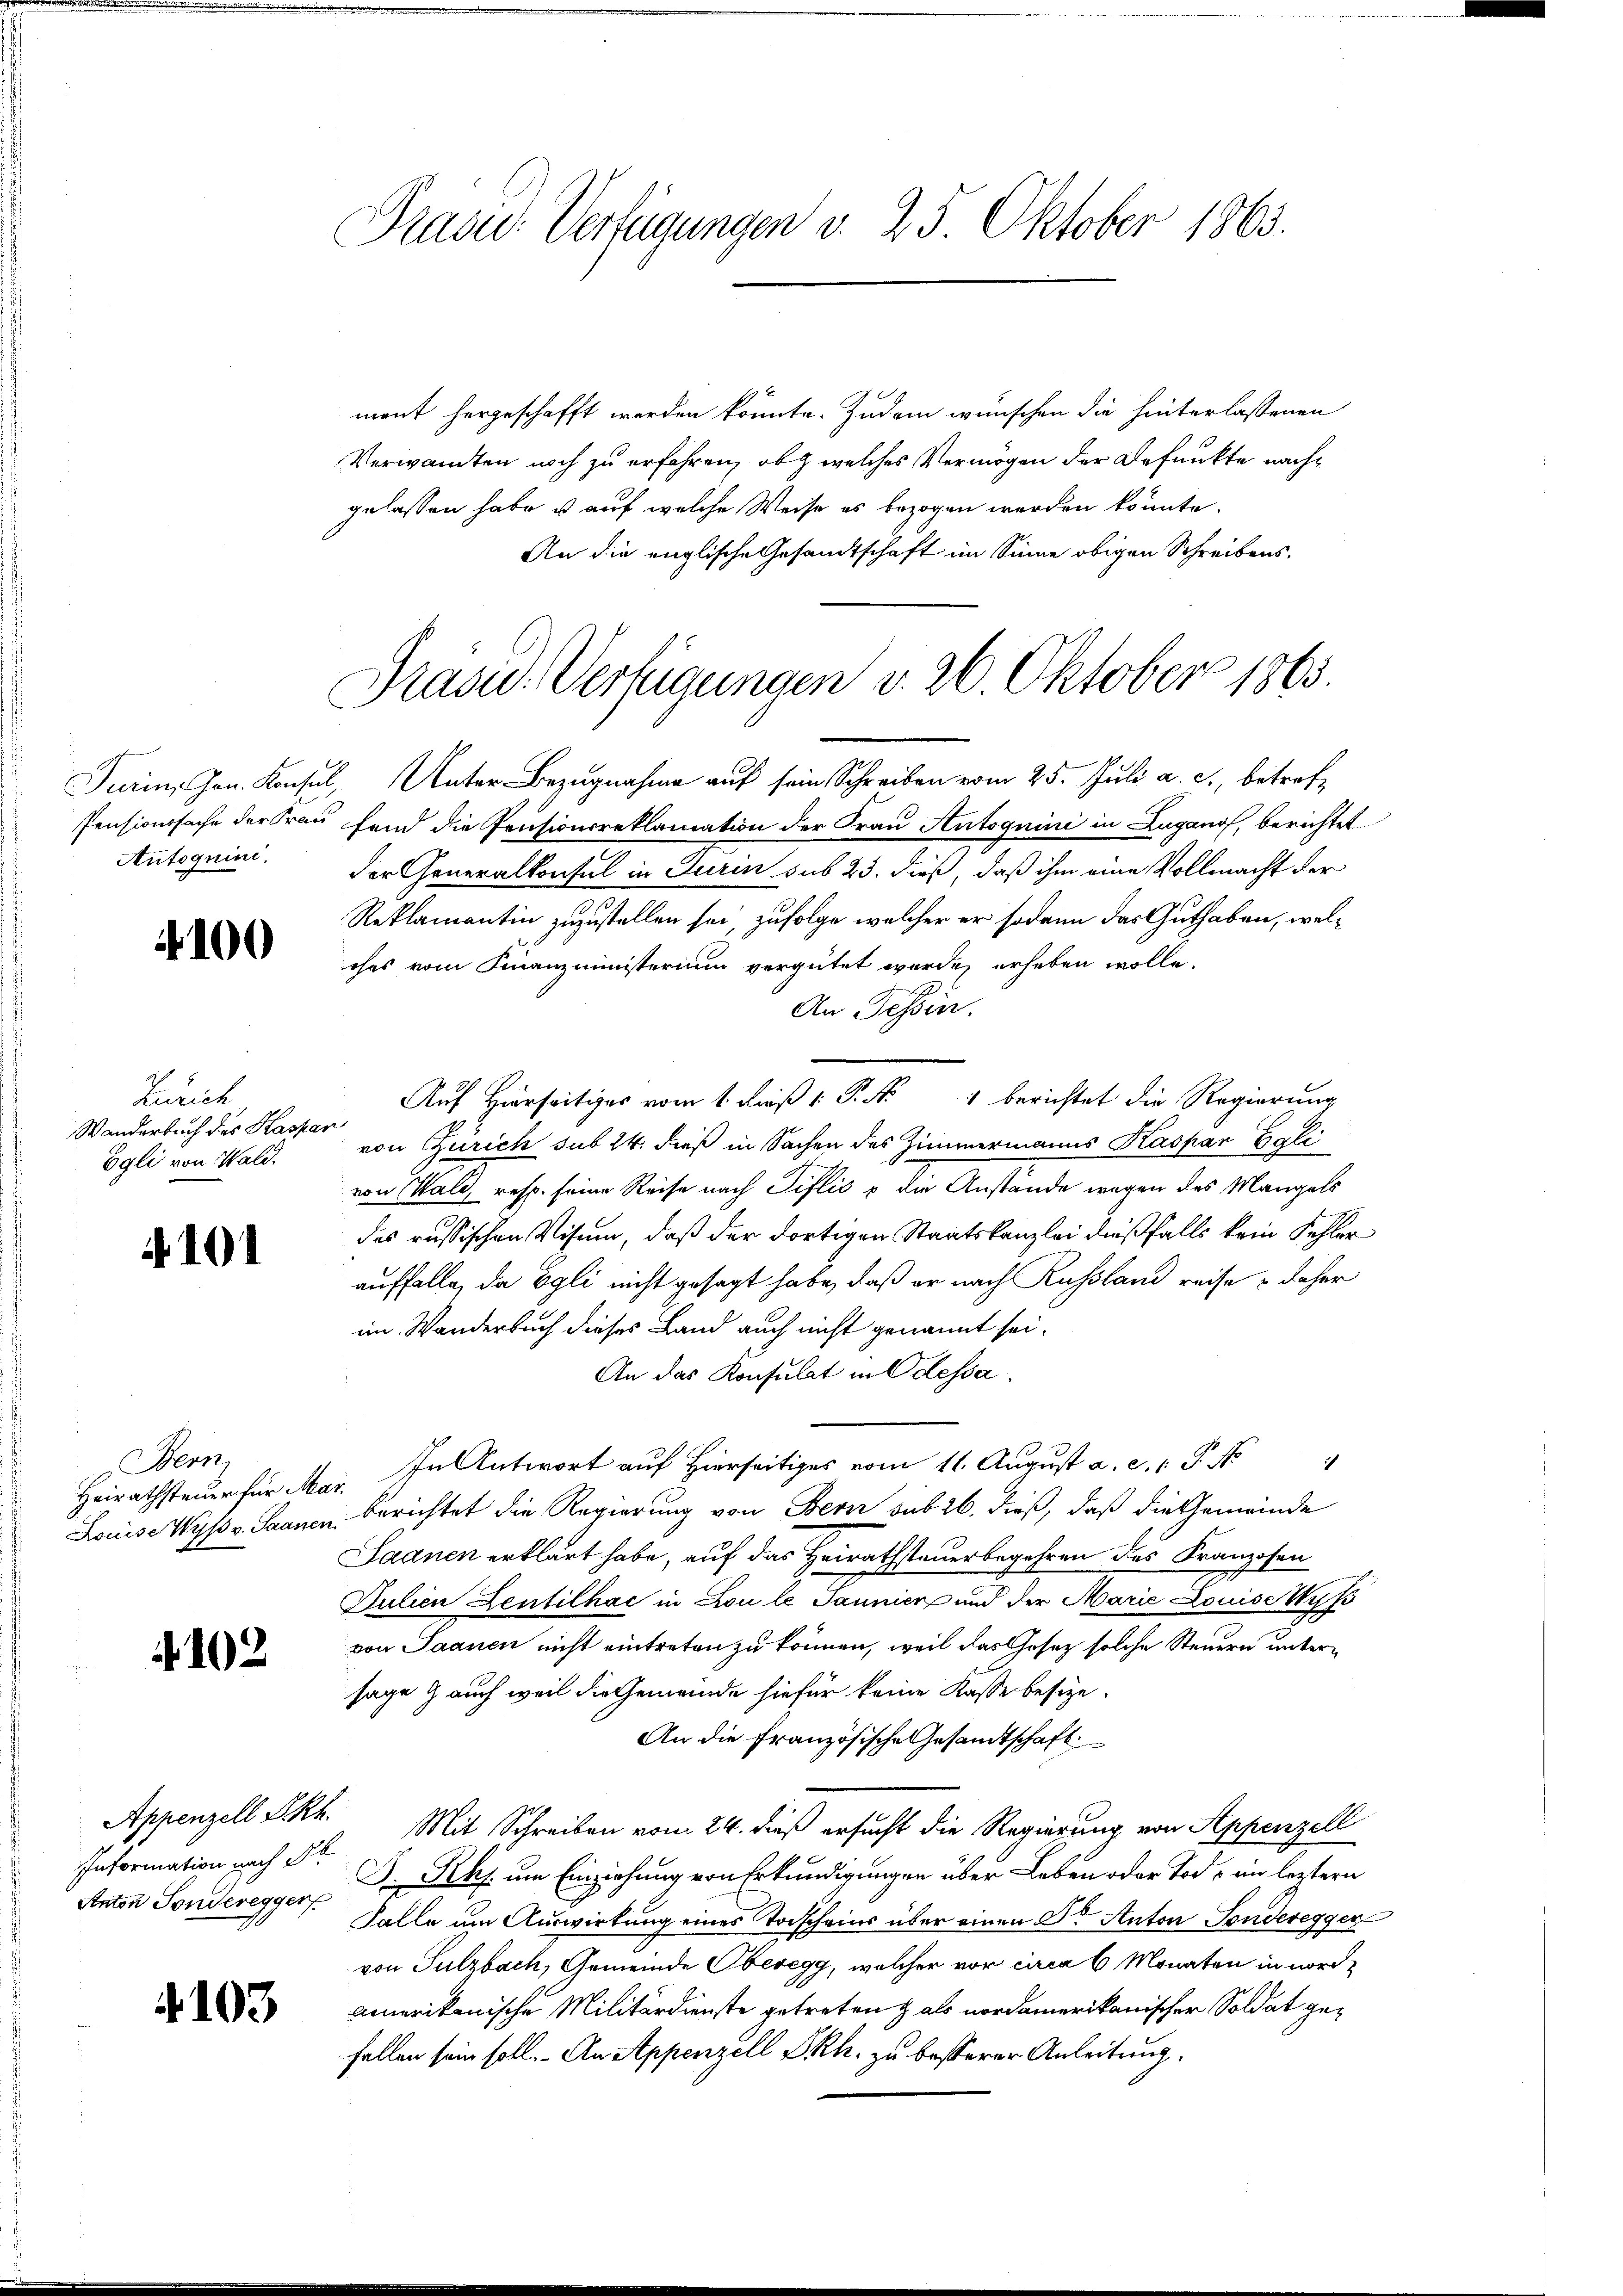
Autoquini.

100

Zürich
Wanderbuch des Kaspar
Egli von Wald.

4101

Bern,

102

Information nach d
Anton Sondereggen

103

Prasid. Verfügungen v. 25. Oktober 1865.

mant hergeschafft werden könnte. Zudem wünschen die hinterlassenen
Verwandten noch zu erfahren, ob welches Vermögen der Befunkte nachgelassen habe, u auf welche Weise es bezogen werden könnte.
An die englische Gesandtschaft im Sinne obigen Schreibens¬
Turin, Hrn. Konsul, Unter Bezugnahme auf sein Schreiben vom 25. Juli a. c., betref¬
Pensionssache der Frau fand die Pensionsreklamation der Frau Antoguini in Luganos, berichtet
der Generalkonsul in Turin sub 23. dieß, daß ihm eine Vollmacht der
Reklamantin zuzustellen sei, zufolge welcher er sodann das Guthaben, welches vom Finanzministerium vergütet wurde, erheben wolle.
An Tessin.
Auf Hierseitiges vom 1. dieß P. Nr. 1 berichtet die Regierung
von Zürich sub 24. dieß in Sachen des Zimmermanns Kaspar Gali
von Wald, resp. seine Reise nach Tislis u die Anstände wegen des Mangels
des russischen Visum, daß der dortigen Staatskanzlei dießfalls kein Fehler
auffalle, da Egli nicht gesagt habe, daß er nach Russland reise & daher
im Wanderbuch dieses Land auch nicht genannt sei.
An das Konsulat in Odessa.
Heirathsteuer für Mar. In Antwort auf Hierseitig vom 11. August a. c. 1 P. N
Louise Wyss v. Saanen berichtet die Regierung von Bern sub 26. dieß, daß die Gemeinde
Saanen erklärt habe, auf das Heirathsteuerbegehren des Franzosen
Julien Zentilhac in Lou le Jaunier und der Marie Louise Wyss
von Saanen nicht eintreten zu können, weil das Gesetz solche Steuern untersage & auch weil die Gemeinde hiefür keine Kasse besize-
An die französische Gesandtschaft.
Appenzell S. Rh. Mit Schreiben vom 24. dieß ersucht die Regierung von Appenzell
D. Rehs. um Einziehung von Erkundigungen über Leben oder Tode im leztern
Falle um Auswirkung eines Torscheins über einen Dr Anton Sonderegger
von Sulzbach, Gemeinde Oberegg, welcher vor circa 6 Monaten in nordamerikanische Militärdienste getreten & als nordamerikanischer Soldat gefallen sein soll. An Appenzell Pkh. zu besserer Anleitung.

Präsid.: Verfügungen v. 26. Oktober 1863.